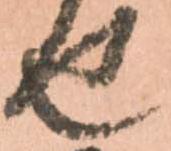
せ